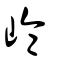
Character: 崘